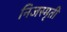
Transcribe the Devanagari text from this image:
निजस्मृती